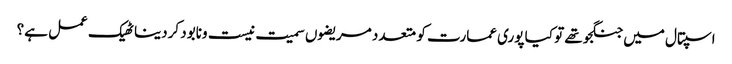
اسپتال میں جنگجو تھے تو کیا پوری عمارت کو متعدد مریضوں سمیت نیست ونابود کردینا ٹھیک عمل ہے؟